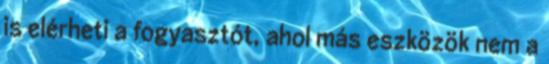
is elérheti a fogyasztót, ahol más eszközök nem a